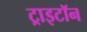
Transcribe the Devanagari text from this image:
ट्राइटॉन